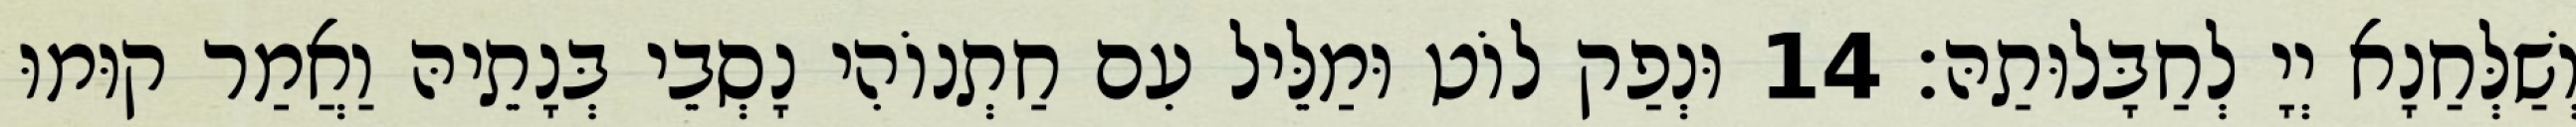
וְשַׁלְּחַנָא יְיָ לְחַבָּלוּתַהּ׃ 14 וּנְפַק לוֹט וּמַלֵּיל עִם חַתְנוֹהִי נָסְבֵי בְּנָתֵיהּ וַאֲמַר קוּמוּ